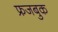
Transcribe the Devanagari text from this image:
फ्रजबुक